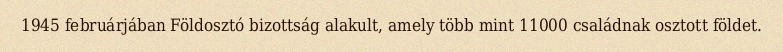
1945 februárjában Földosztó bizottság alakult, amely több mint 11000 családnak osztott földet.